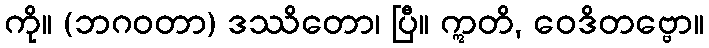
ကို။ (ဘဂဝတာ) ဒဿိတော၊ ပြီ။ ဣတိ, ဝေဒိတဗ္ဗော။